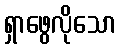
ရှာဖွေလိုသော